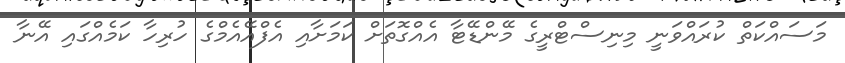
މަސައްކަތް ކުރައްވަނީ މިނިސްޓްރީގެ މޭންޑޭޓާ އެއްގޮތަށް ކަމަށާއި އެފްއޭއެމްގެ ހުރިހާ ކަމެއްގައި އޭނާ